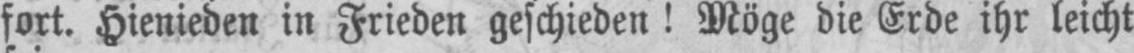
fort. Hienieden in Frieden geschieden! Möge die Erde ihr leicht